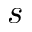
s